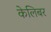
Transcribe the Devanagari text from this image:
केलिबर